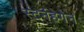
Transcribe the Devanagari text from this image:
स्टर्नहेगेन